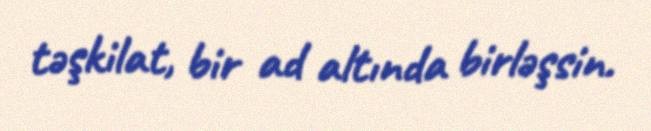
təşkilat, bir ad altında birləşsin.